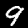
Digit: 9